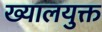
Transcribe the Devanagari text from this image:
ख्यालयुक्त